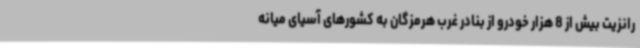
رانزیت بیش از 8 هزار خودرو از بنادر غرب هرمزگان به کشورهای آسیای میانه